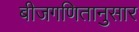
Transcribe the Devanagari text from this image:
बीजगणितानुसार